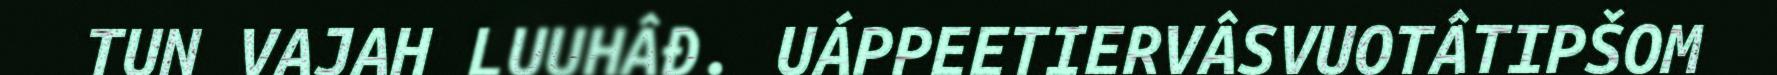
TUN VAJAH LUUHÂĐ. UÁPPEETIERVÂSVUOTÂTIPŠOM